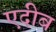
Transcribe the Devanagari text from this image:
एदीब